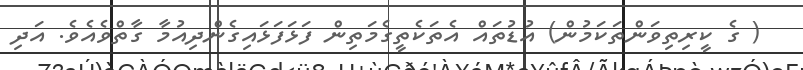
( ގެ ކީރިތިވަންތަކަމުން) އުޑުތައް އެތަކެތީގެމަތިން ފަޅަފަޅައިގެންދިއުމާ ގާތްވެއެވެ. އަދި